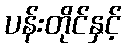
ပန်းတိုင်နှင့်